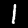
Digit: 1